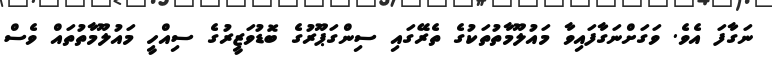
ނަގާފަ އެވެ. ވަގަށްނަގާފައިވާ މައުލޫމާތުތަކުގެ ތެރޭގައި ސިންގަޕޫރުގެ ބޮޑުވަޒީރުގެ ސިއްހީ މައުލޫމާތުތައް ވެސް